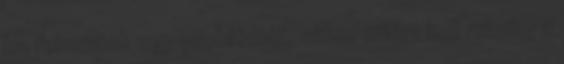
ha felvetünk egy problémát, akkor miért kell mindig a